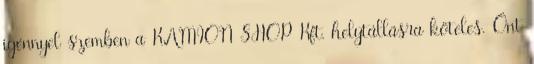
igénnyel szemben a KAMION SHOP Kft. helytállásra köteles. Önt